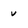
Character: v